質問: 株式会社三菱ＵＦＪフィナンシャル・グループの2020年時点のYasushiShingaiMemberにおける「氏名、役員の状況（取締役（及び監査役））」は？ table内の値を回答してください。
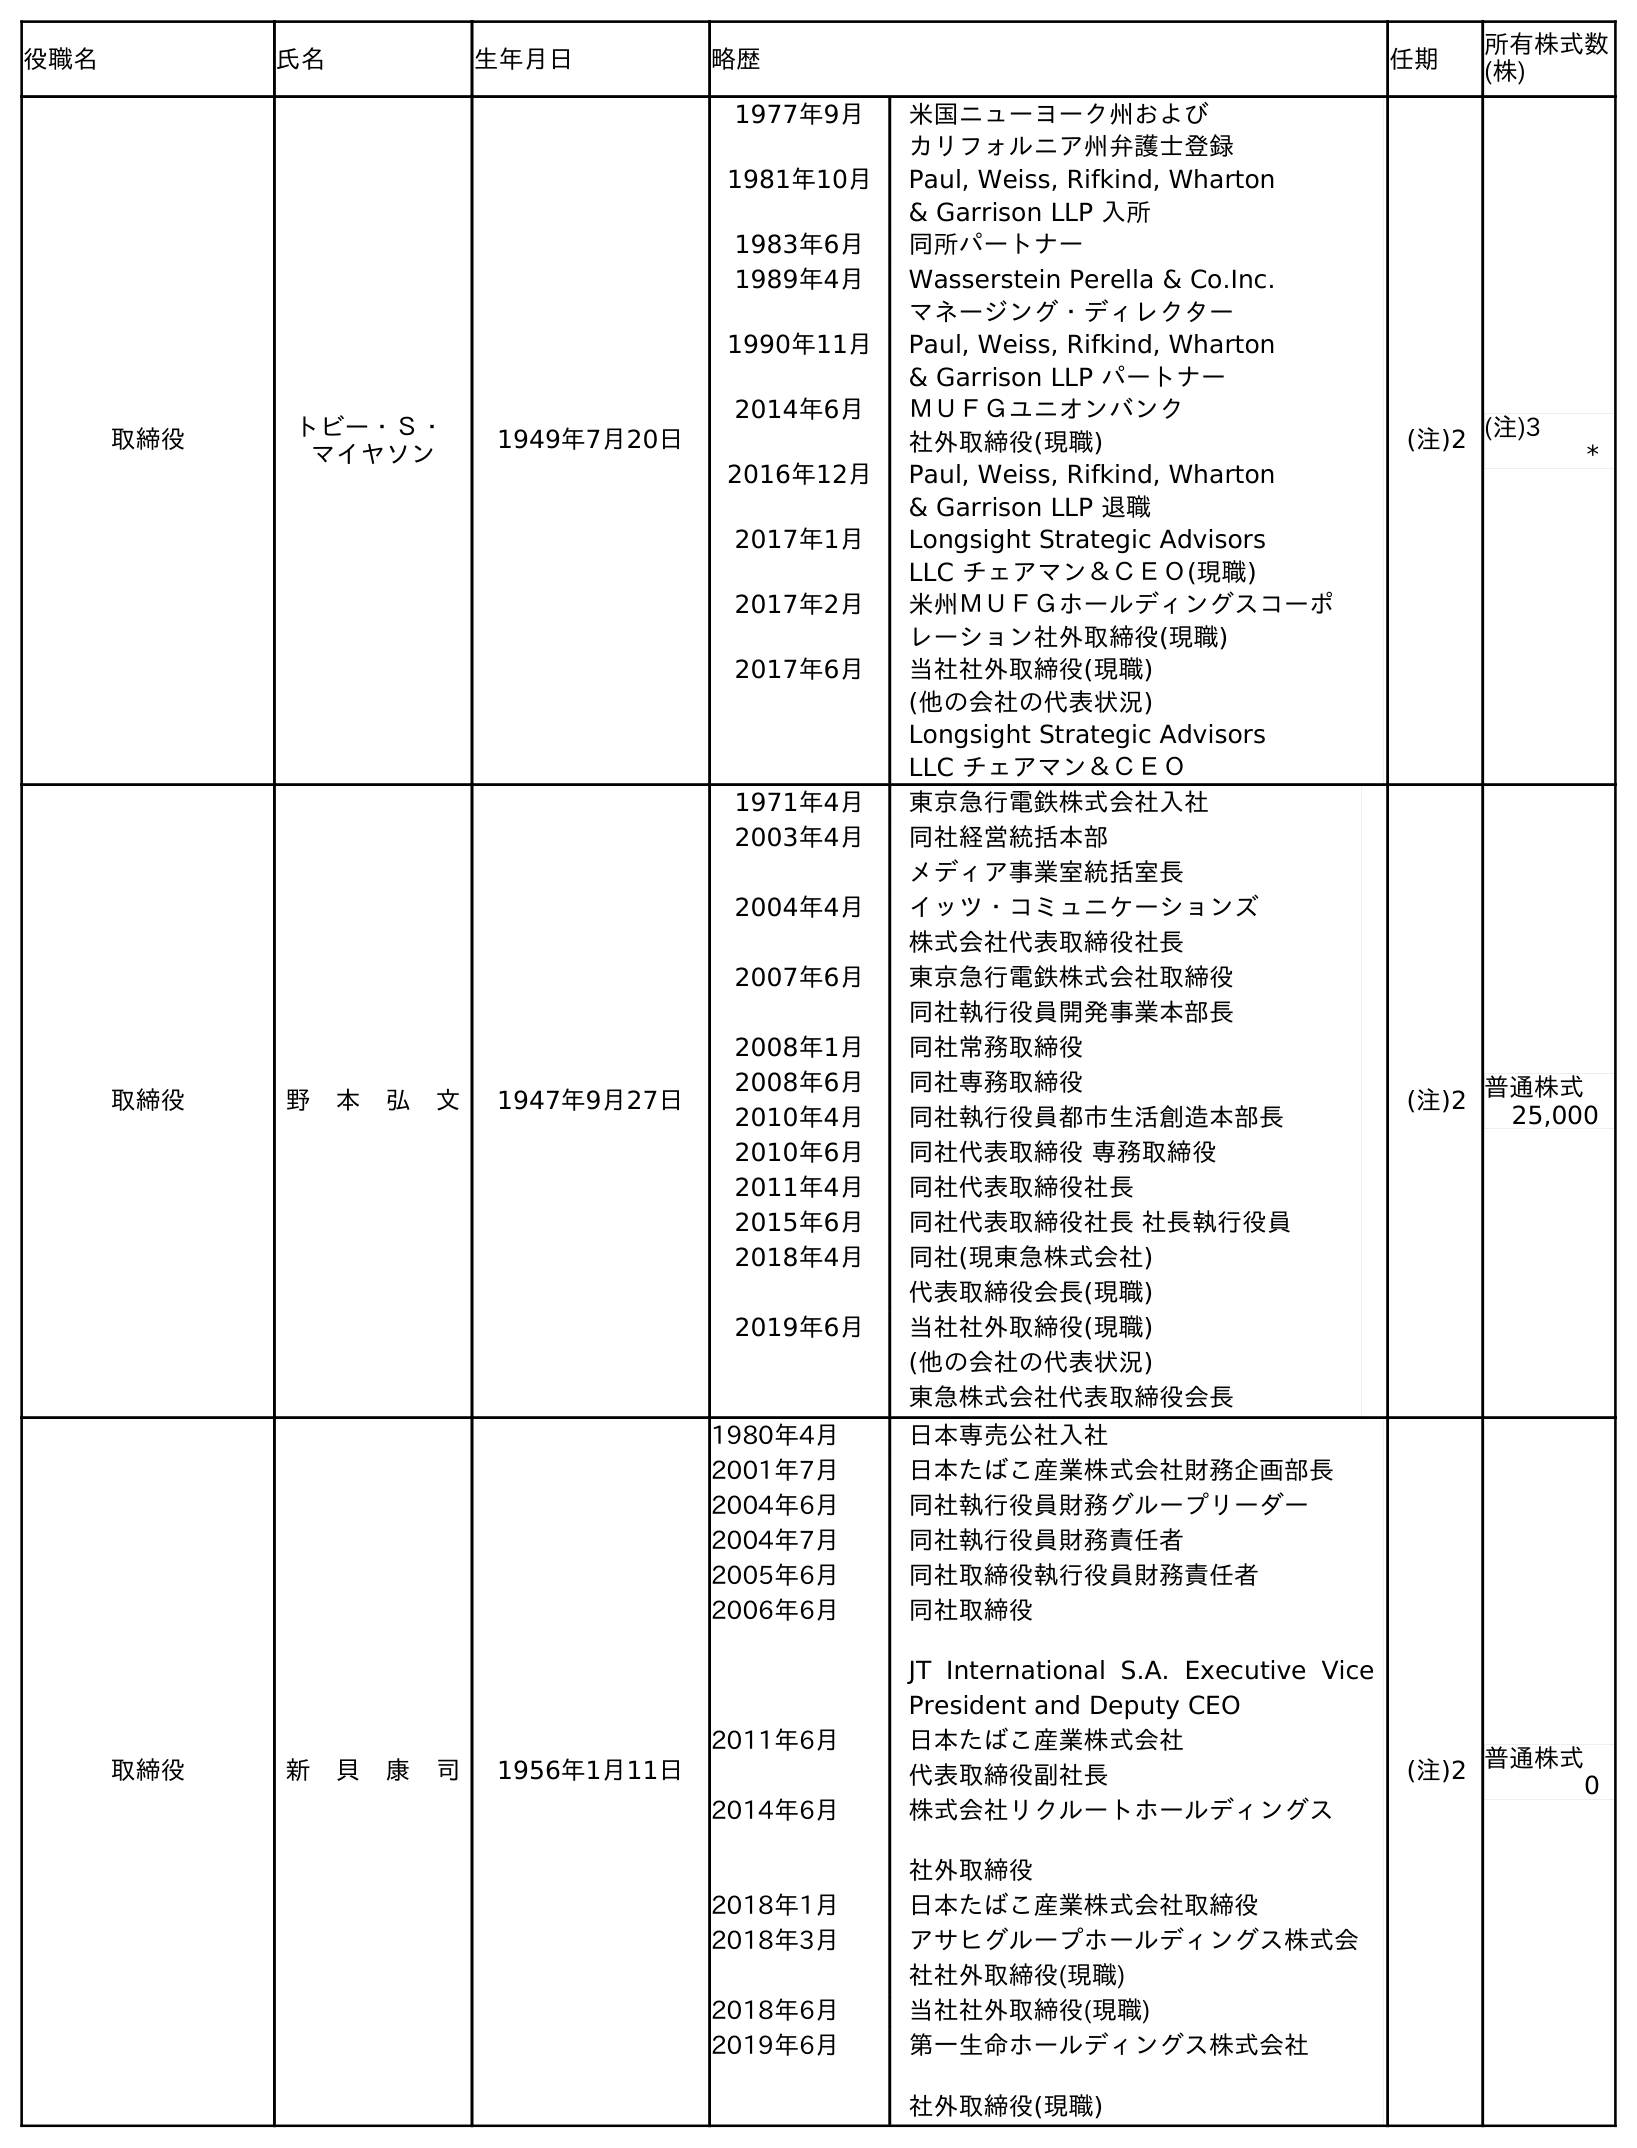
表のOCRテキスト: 役職名 氏名 生年月日 略歴 任期 所有株式数 (株) 取締役 トビー・Ｓ・ マイヤソン 1949年7月20日 1977年9月 米国ニューヨーク州および カリフォルニア州弁護士登録 1981年10月 Paul, Weiss, Rifkind, Wharton & Garrison LLP 入所 1983年6月 同所パートナー 1989年4月 Wasserstein Perella & Co.Inc. マネージング・ディレクター 1990年11月 Paul, Weiss, Rifkind, Wharton & Garrison LLP パートナー 2014年6月 ＭＵＦＧユニオンバンク 社外取締役(現職) 2016年12月 Paul, Weiss, Rifkind, Wharton & Garrison LLP 退職 2017年1月 Longsight Strategic Advisors LLC チェアマン＆ＣＥＯ(現職) 2017年2月 米州ＭＵＦＧホールディングスコーポ レーション社外取締役(現職) 2017年6月 当社社外取締役(現職) (他の会社の代表状況) Longsight Strategic Advisors LLC チェアマン＆ＣＥＯ (注)2 (注)3 * 取締役 野 本 弘 文 1947年9月27日 1971年4月 東京急行電鉄株式会社入社 2003年4月 同社経営統括本部 メディア事業室統括室長 2004年4月 イッツ・コミュニケーションズ 株式会社代表取締役社長 2007年6月 東京急行電鉄株式会社取締役 同社執行役員開発事業本部長 2008年1月 同社常務取締役 2008年6月 同社専務取締役 2010年4月 同社執行役員都市生活創造本部長 2010年6月 同社代表取締役 専務取締役 2011年4月 同社代表取締役社長 2015年6月 同社代表取締役社長 社長執行役員 2018年4月 同社(現東急株式会社) 代表取締役会長(現職) 2019年6月 当社社外取締役(現職) (他の会社の代表状況) 東急株式会社代表取締役会長 (注)2 普通株式 25,000 取締役 新 貝 康 司 1956年1月11日 1980年4月 日本専売公社入社 2001年7月 日本たばこ産業株式会社財務企画部長 2004年6月 同社執行役員財務グループリーダー 2004年7月 同社執行役員財務責任者 2005年6月 同社取締役執行役員財務責任者 2006年6月 同社取締役 JT International S.A. Executive Vice President and Deputy CEO 2011年6月 日本たばこ産業株式会社 代表取締役副社長 2014年6月 株式会社リクルートホールディングス 社外取締役 2018年1月 日本たばこ産業株式会社取締役 2018年3月 アサヒグループホールディングス株式会 社社外取締役(現職) 2018年6月 当社社外取締役(現職) 2019年6月 第一生命ホールディングス株式会社 社外取締役(現職) (注)2 普通株式 0
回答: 新　貝　康　司